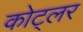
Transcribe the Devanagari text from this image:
कोट्लर